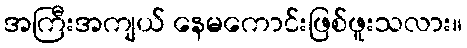
အကြီးအကျယ် နေမကောင်းဖြစ်ဖူးသလား။